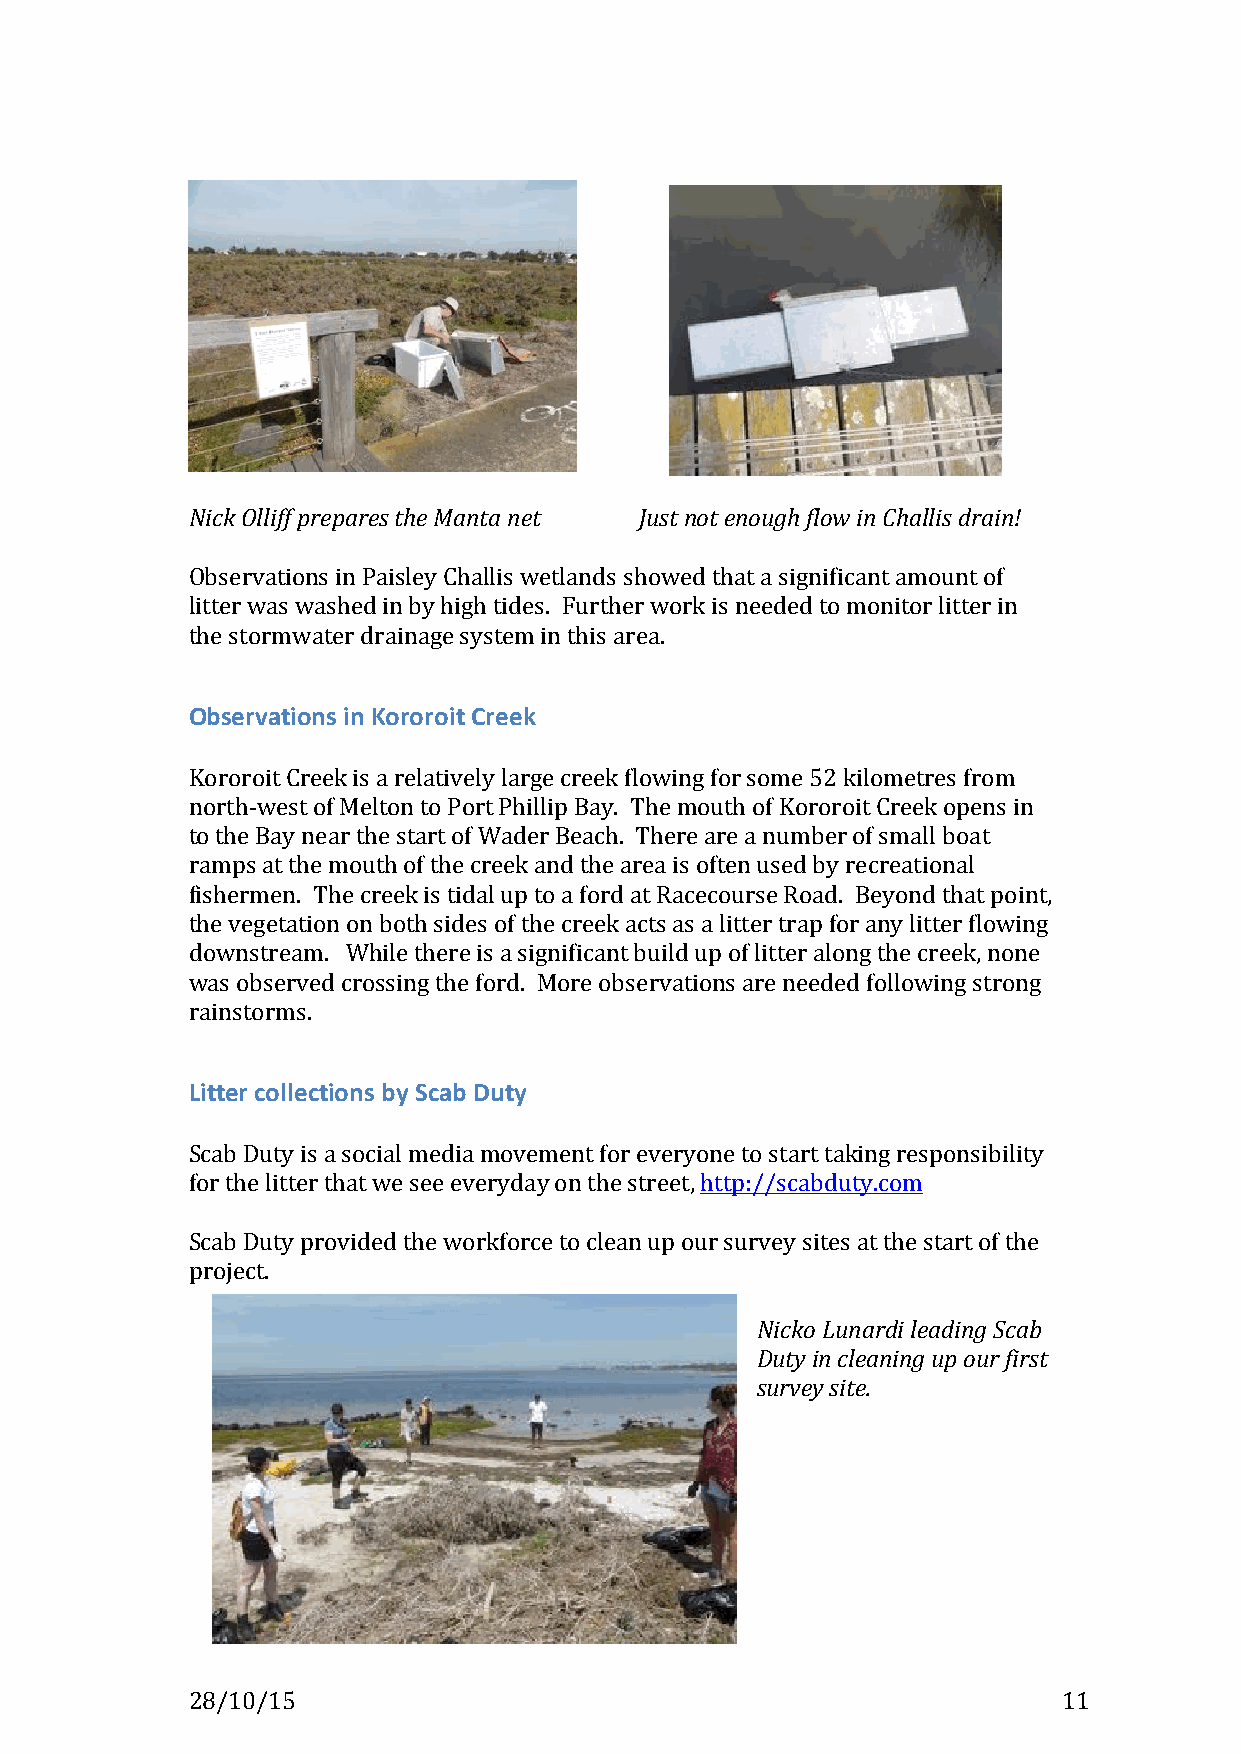
!
 (
 !
 !
 !
 !
 !
 !
 !
 !
 !
 !
 !
 Nick(Olliff(prepares(the(Manta(net( ( Just(not(enough(flow(in(Challis(drain!(
 !
 Observations!in!Paisley!Challis!wetlands!showed!that!a!significant!amount!of!
 litter!was!washed!in!by!high!tides.!!Further!work!is!needed!to!monitor!litter!in!
 the!stormwater!drainage!system!in!this!area.!
 !
 Observations,in,Kororoit,Creek,
 !
 Kororoit!Creek!is!a!relatively!large!creek!flowing!for!some!52!kilometres!from!
 northKwest!of!Melton!to!Port!Phillip!Bay.!!The!mouth!of!Kororoit!Creek!opens!in!
 to!the!Bay!near!the!start!of!Wader!Beach.!!There!are!a!number!of!small!boat!
 ramps!at!the!mouth!of!the!creek!and!the!area!is!often!used!by!recreational!
 fishermen.!!The!creek!is!tidal!up!to!a!ford!at!Racecourse!Road.!!Beyond!that!point,!
 the!vegetation!on!both!sides!of!the!creek!acts!as!a!litter!trap!for!any!litter!flowing!
 downstream.!!!While!there!is!a!significant!build!up!of!litter!along!the!creek,!none!
 was!observed!crossing!the!ford.!!More!observations!are!needed!following!strong!
 rainstorms.!
 !
 Litter,collections,by,Scab,Duty,,
 !
 Scab!Duty!is!a!social!media!movement!for!everyone!to!start!taking!responsibility!
 for!the!litter!that!we!see!everyday!on!the!street,!http://scabduty.com!!
 !
 Scab!Duty!provided!the!workforce!to!clean!up!our!survey!sites!at!the!start!of!the!
 project.!!!
 !
 Nicko(Lunardi(leading(Scab(
 Duty(in(cleaning(up(our(first(
 survey(site.(
 !
 !
 !
 !
 !
 !
 28/10/15!                     !                           11!